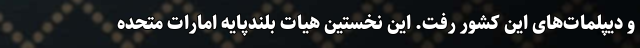
و دیپلمات‌های این کشور رفت. این نخستین هیات بلندپایه امارات متحده